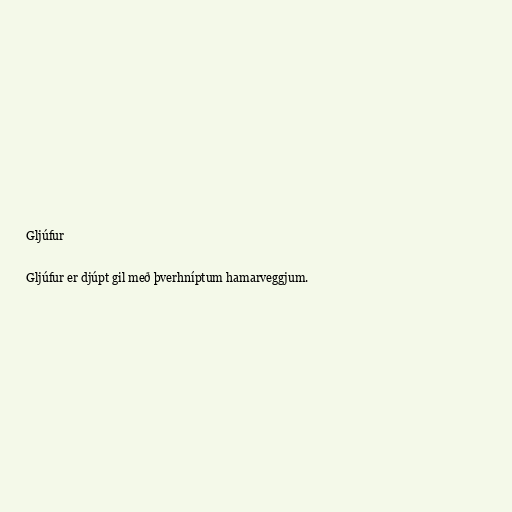
Gljúfur

Gljúfur er djúpt gil með þverhníptum hamarveggjum.